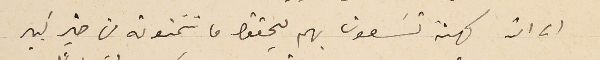
الى اكثر كهنة تسَعون بهم ليحققوا ما تتمنونه من خير كبير